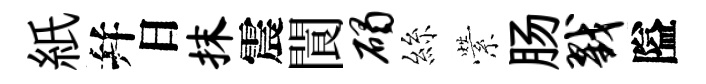
紙幷日抹震閬碣絲縈肠戮隘